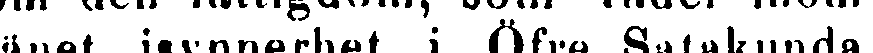
länet, isynnerhet i Öfre Satakunda